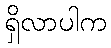
ရှိလာပါက